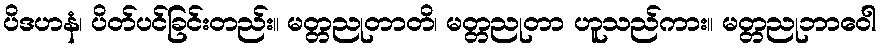
ပိဒဟနံ၊ ပိတ်ပင်ခြင်းတည်း။ မတ္တညုတာတိ၊ မတ္တညုတာ ဟူသည်ကား။ မတ္တညုဘာဝေါ